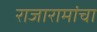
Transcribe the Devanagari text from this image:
राजारामांचा